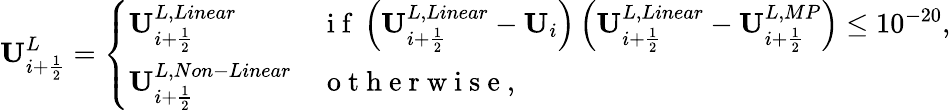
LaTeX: \mathbf{U}_{i+\frac{1}{2}}^{L}=\left\{ \begin{array}{ll}{\mathbf{U}_{i+\frac{1}{2}}^{L,Linear}}&{\mathrm{~i~f~}\left(\mathbf{U}_{i+\frac{1}{2}}^{L,Linear}-\mathbf{U}_{i}\right)\left(\mathbf{U}_{i+\frac{1}{2}}^{L,Linear}-\mathbf{U}_{i+\frac{1}{2}}^{L,MP}\right)\leq 10^{-20},}\\ {\mathbf{U}_{i+\frac{1}{2}}^{L,Non-Linear}}&{\mathrm{~o~t~h~e~r~w~i~s~e~},}\end{array}\right.